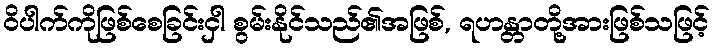
ဝိပါက်ကိုဖြစ်စေခြင်းငှါ စွမ်းနိုင်သည်၏အဖြစ်, ရဟန္တာတို့အားဖြစ်သဖြင့်